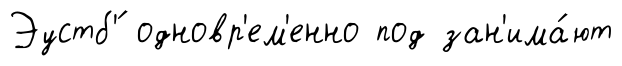
Эустб'́ одновр'ем'енно под зан'има́ют